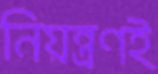
নিয়ন্ত্রণই